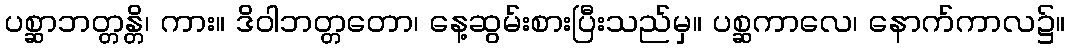
ပစ္ဆာဘတ္တန္တိ၊ ကား။ ဒိဝါဘတ္တတော၊ နေ့ဆွမ်းစားပြီးသည်မှ။ ပစ္ဆကာလေ၊ နောက်ကာလ၌။